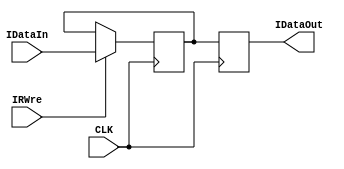
`timescale 1ns / 1ps
//////////////////////////////////////////////////////////////////////////////////
// Company: 
// Engineer: 
// 
// Design Name: 
// Module Name: IR
// Project Name: 
// Target Devices: 
// Tool Versions: 
// Description: 
// 
// Dependencies: 
// 
// Revision:
// Revision 0.01 - File Created
// Additional Comments:
// 
//////////////////////////////////////////////////////////////////////////////////


module IR(CLK,IRWre,IDataIn,IDataOut);    
    input CLK,IRWre;
    input [31:0] IDataIn;
    output reg [31:0] IDataOut;
    
    reg [31:0] IR;
    initial 
    begin
       IR = 0;
    end
    always@(negedge CLK)
    begin
        if(IRWre == 1) // 
            IR <= IDataIn;
    end
    
    always@(posedge CLK) // 
    begin
        $display("output");
        IDataOut <= IR;
    end
endmodule